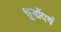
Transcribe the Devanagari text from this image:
सूर्योदयं